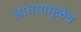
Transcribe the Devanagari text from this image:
आधारामुळेच